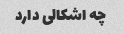
چه اشکالی دارد